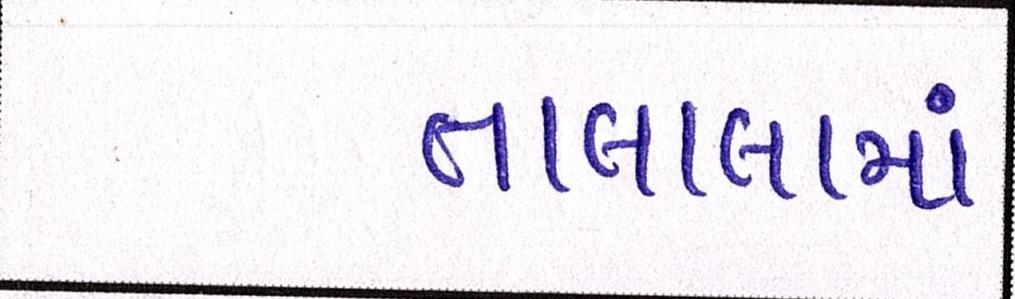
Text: તાલાલામાં